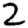
Digit: 2